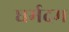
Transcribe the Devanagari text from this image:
धर्मदम